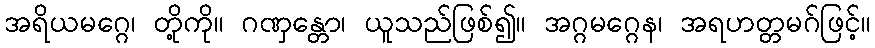
အရိယမဂ္ဂေ၊ တို့ကို။ ဂဏှန္တော၊ ယူသည်ဖြစ်၍။ အဂ္ဂမဂ္ဂေန၊ အရဟတ္တမဂ်ဖြင့်။